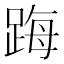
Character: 踇